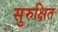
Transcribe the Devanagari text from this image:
सुरुक्षित